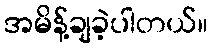
အမိန့်ချခဲ့ပါတယ်။